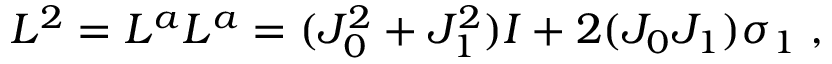
L ^ { 2 } = L ^ { a } L ^ { a } = ( J _ { 0 } ^ { 2 } + J _ { 1 } ^ { 2 } ) I + 2 ( J _ { 0 } J _ { 1 } ) \sigma _ { 1 } \; ,